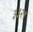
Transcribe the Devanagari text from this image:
३३२९